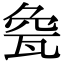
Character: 𤭀